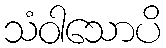
သံဝါသောပိ